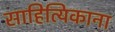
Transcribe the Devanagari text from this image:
साहित्यिकाना